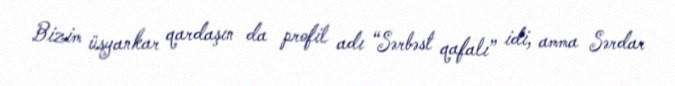
Bizim üsyankar qardaşın da profil adı “Sərbəst qafalı” idi, amma Sərdar